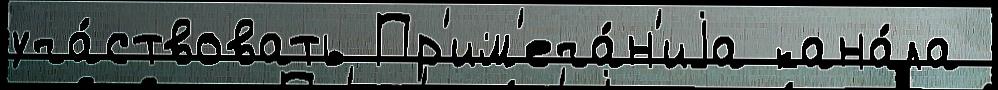
уча́ствовать Пр'им'еча́н'иjа кана́ла